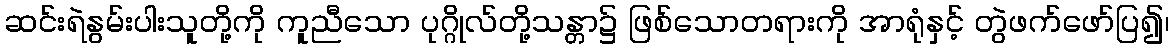
ဆင်းရဲနွမ်းပါးသူတို့ကို ကူညီသော ပုဂ္ဂိုလ်တို့သန္တာ၌ ဖြစ်သောတရားကို အာရုံနှင့် တွဲဖက်ဖော်ပြ၍၊